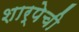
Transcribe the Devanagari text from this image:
शार्पेची